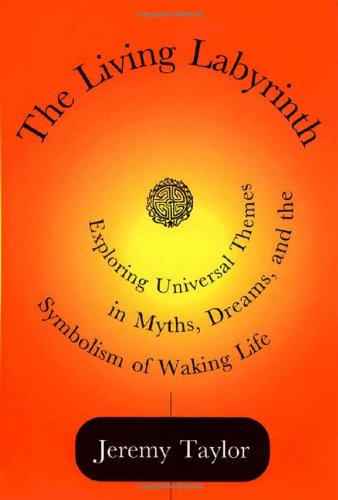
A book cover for The Living Labyrinth; Jeremy Taylor; Literature & Fiction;